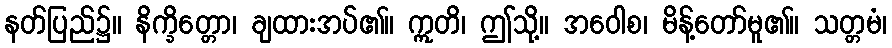
နတ်ပြည်၌။ နိက္ခိတ္တော၊ ချထားအပ်၏။ ဣတိ၊ ဤသို့။ အဝေါစ၊ မိန့်တော်မူ၏။ သတ္တမံ၊